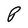
Character: P